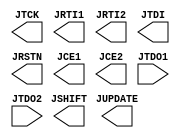
// =============================================================================
//                           COPYRIGHT NOTICE
// Copyright 2006 (c) Lattice Semiconductor Corporation
// ALL RIGHTS RESERVED
// This confidential and proprietary software may be used only as authorised by
// a licensing agreement from Lattice Semiconductor Corporation.
// The entire notice above must be reproduced on all authorized copies and
// copies may only be made to the extent permitted by a licensing agreement from
// Lattice Semiconductor Corporation.
//
// Lattice Semiconductor Corporation        TEL : 1-800-Lattice (USA and Canada)
// 5555 NE Moore Court                            408-826-6000 (other locations)
// Hillsboro, OR 97124                     web  : http://www.latticesemi.com/
// U.S.A                                   email: techsupport@latticesemi.com
// =============================================================================/
//                         FILE DETAILS
// Project          : LatticeMico32
// Title            : JTAGB Black Box
// Dependencies     : None
// Version          : 6.0.14
//                  : Initial Release
// Version          : 7.0SP2, 3.0
//                  : No Change
// Version          : 3.1
//                  : No Change
// =============================================================================
module JTAGB (
         output JTCK,
         output JRTI1,
         output JRTI2,
         output JTDI,
         output JSHIFT,
         output JUPDATE,
         output JRSTN,
         output JCE1,
         output JCE2,
         input JTDO1,
         input JTDO2
      ) /*synthesis syn_black_box */; 
      
endmodule